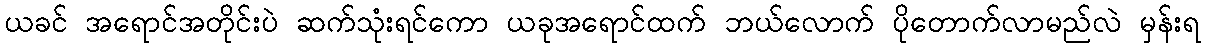
ယခင် အရောင်အတိုင်းပဲ ဆက်သုံးရင်ကော ယခုအရောင်ထက် ဘယ်လောက် ပိုတောက်လာမည်လဲ မှန်းရ